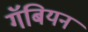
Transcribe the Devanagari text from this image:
गॅबियन